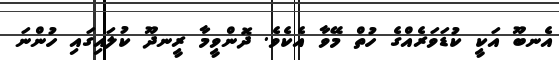
އެނބޫ އަކީ ކުޑަވަރެއްގެ ހުތް މޭވާ އެކެވެ. ދޮންވީމާ ރީނދޫ ކުލައިގައި ހުންނަ